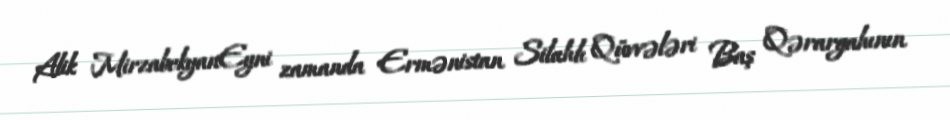
Alik MirzabekyanEyni zamanda Ermənistan Silahlı Qüvvələri Baş Qərargahının